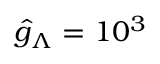
\hat { g } _ { \Lambda } = 1 0 ^ { 3 }